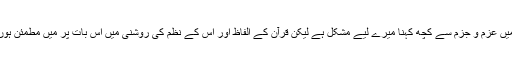
میں حساب کتاب کے میدان کا مرد نہیں ہوں اس وجہ سے اس باب میں عزم و جزم سے کچھ کہنا میرے لیے مشکل ہے لیکن قرآن کے الفاظ اور اس کے نظم کی روشنی میں اس بات پر میں مطمئن ہوں کہ یہ آیات معاہدۂ حدیبیہ کے خاتمہ سے کچھ پہلے نازل ہوئی ہیں۔